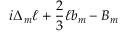
i \Delta _ { m } \ell + { \frac { 2 } { 3 } } \ell b _ { m } - B _ { m }